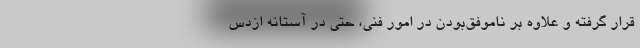
قرار گرفته و علاوه بر ناموفق‌بودن در امور فنی، حتی در آستانه ازدس